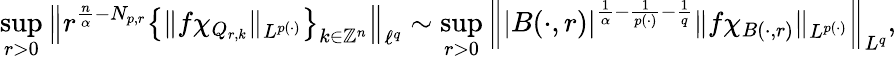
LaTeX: \operatorname*{sup}_{r>0}\left\| r^{\frac{n}{\alpha}-N_{p,r}}\left\{ \| f\chi_{Q_{r,k}}\| _{L^{p(\cdot)}}\right\} _{k\in\mathbb{Z}^{n}}\right\| _{\ell^{q}}\sim\operatorname*{sup}_{r>0}\left\| |B(\cdot,r)|^{\frac{1}{\alpha}-\frac{1}{p(\cdot)}-\frac{1}{q}}\| f\chi_{B(\cdot,r)}\| _{L^{p(\cdot)}}\right\| _{L^{q}},